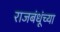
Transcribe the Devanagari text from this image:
राजबंधूंच्या